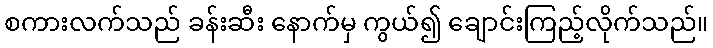
စကားလက်သည် ခန်းဆီး နောက်မှ ကွယ်၍ ချောင်းကြည့်လိုက်သည်။